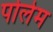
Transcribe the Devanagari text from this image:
पोलेम